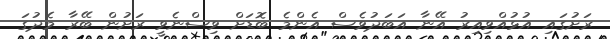
ރަށުގައި އުޅުއްވިއިރު އޭނާ އަބަދުވެސް އެންމެ ބޮޑަށް ވިސްނެވީ ރަށުން ބޭރާ މެދުގަ